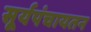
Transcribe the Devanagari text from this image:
सूर्यपंचायतन